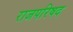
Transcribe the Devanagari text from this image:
राजपरिषद